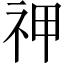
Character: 𬒱